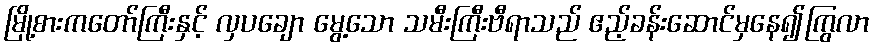
မြို့စားကတော်ကြီးနှင့် လှပချော မွေ့သော သမီးကြီးဗီရာသည် ဧည့်ခန်းဆောင်မှနေ၍ကြွလာ